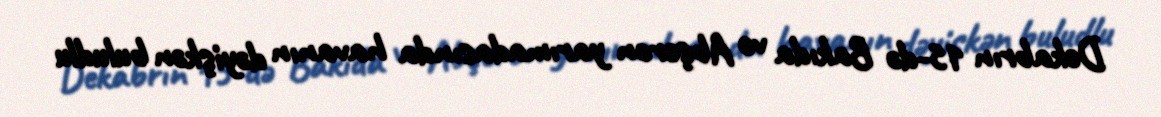
Dekabrın 15-də Bakıda və Abşeron yarımadasında havanın dəyişkən buludlu